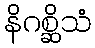
နိဂစ္ဆိသံ